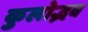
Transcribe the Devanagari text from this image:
कुलोद्भव